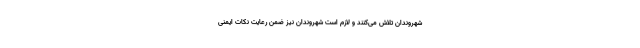
شهروندان تلاش می‌کنند و لازم است شهروندان نیز ضمن رعایت نکات ایمنی